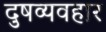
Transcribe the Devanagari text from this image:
दुषव्यवहार